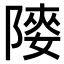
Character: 𨻤